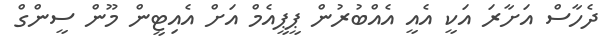
ދެހާސް އަށާރަ އަކީ އެއީ އެއްބުރުން ޕީޕީއެމް އަށް އެއިޓީން މޫން ސީންގް